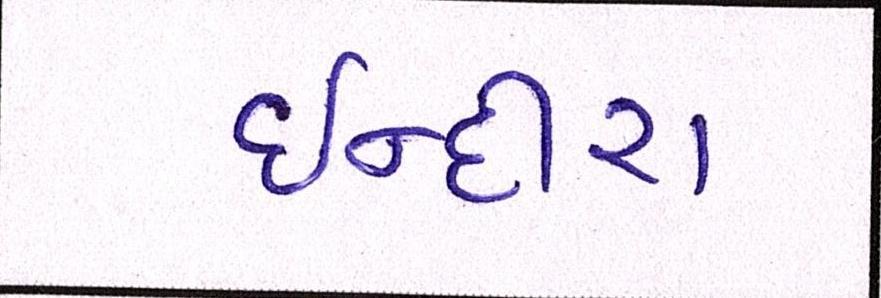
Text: ઈન્દીરા